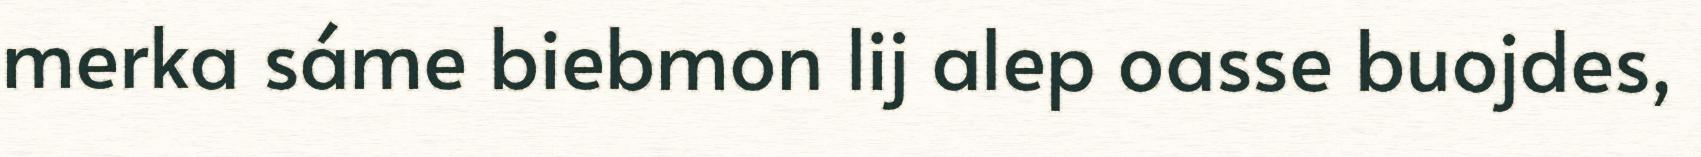
merka sáme biebmon lij alep oasse buojdes,